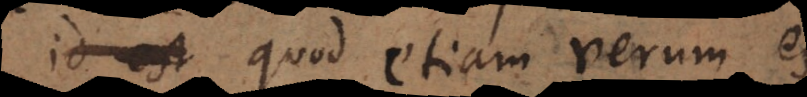
id est quod etiam verum